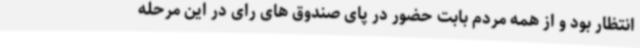
انتظار بود و از همه مردم بابت حضور در پای صندوق های رای در این مرحله